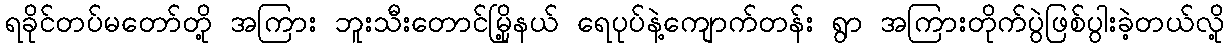
ရခိုင်တပ်မတော်တို့ အကြား ဘူးသီးတောင်မြို့နယ် ရေပုပ်နဲ့ကျောက်တန်း ရွာ အကြားတိုက်ပွဲဖြစ်ပွါးခဲ့တယ်လို့